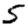
Digit: 5